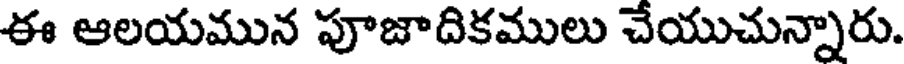
ఈ ఆలయమున పూజాదికములు చేయుచున్నారు.